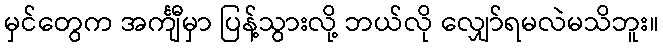
မှင်တွေက အင်္ကျီမှာ ပြန့်သွားလို့ ဘယ်လို လျှော်ရမလဲမသိဘူး။